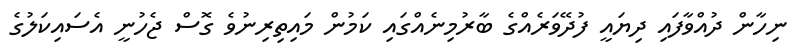
ނިހާން ދުއްވާފައި ދިޔައީ ފުދޭވަރެއްގެ ބާރުމިނެއްގައި ކަމުން މައިތިރިނުވެ ގޮސް ޖެހުނީ އެސައިކަލުގެ